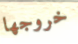
خروجها